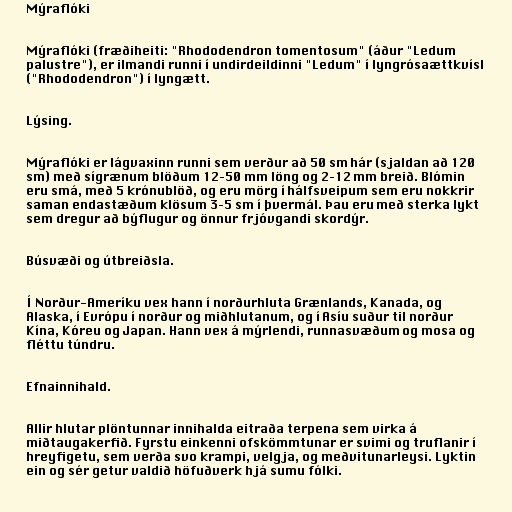
Mýraflóki

Mýraflóki (fræðiheiti: "Rhododendron tomentosum" (áður "Ledum
palustre"), er ilmandi runni í undirdeildinni "Ledum" í lyngrósaættkvísl
("Rhododendron") í lyngætt.

Lýsing.

Mýraflóki er lágvaxinn runni sem verður að 50 sm hár (sjaldan að 120
sm) með sígrænum blöðum 12–50 mm löng og 2–12 mm breið. Blómin
eru smá, með 5 krónublöð, og eru mörg í hálfsveipum sem eru nokkrir
saman endastæðum klösum 3–5 sm í þvermál. Þau eru með sterka lykt
sem dregur að býflugur og önnur frjóvgandi skordýr.

Búsvæði og útbreiðsla.

Í Norður-Ameríku vex hann í norðurhluta Grænlands, Kanada, og
Alaska, í Evrópu í norður og miðhlutanum, og í Asíu suður til norður
Kína, Kóreu og Japan. Hann vex á mýrlendi, runnasvæðum og mosa og
fléttu túndru.

Efnainnihald.

Allir hlutar plöntunnar innihalda eitraða terpena sem virka á
miðtaugakerfið. Fyrstu einkenni ofskömmtunar er svimi og truflanir í
hreyfigetu, sem verða svo krampi, velgja, og meðvitunarleysi. Lyktin
ein og sér getur valdið höfuðverk hjá sumu fólki.